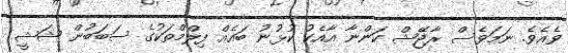
ވެއެވެ. ނަމަވެސް ރާޖޭޝް ކަންނާ އާއެކު ކުޅުނު ބައެއް ފިލްމްތަކުގެ ސަބަބުން ޝަޝީ